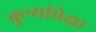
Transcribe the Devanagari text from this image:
कुत्र्यांपेक्षा